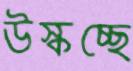
উস্‌কচ্ছে